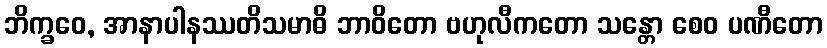
ဘိက္ခဝေ, အာနာပါနဿတိသမာဓိ ဘာဝိတော ဗဟုလီကတော သန္တော စေဝ ပဏီတော